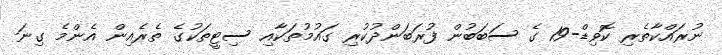
ނުރައްކާތެރި ކޮވިޑް-19 ގެ ސަބަބުން ފުރަބަންދުކުރި ގައުމުތަކާއި ސިޓީތަކުގެ ތެރެއިން އެންމެ ގިނަ